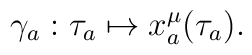
\gamma _a:\tau _a\mapsto x_a^{\mu}(\tau _{a}).